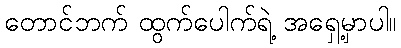
တောင်ဘက် ထွက်ပေါက်ရဲ့ အရှေ့မှာပါ။